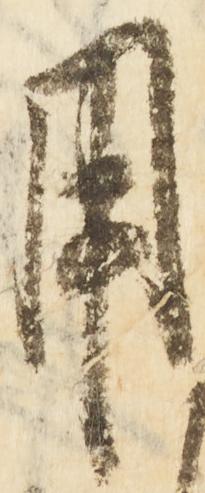
用